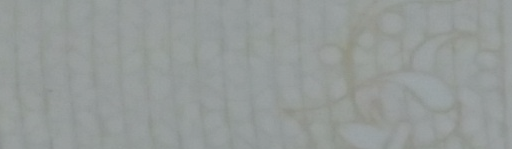
مستشفى الشرق